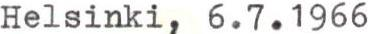
Helsinki, 6.7.1966